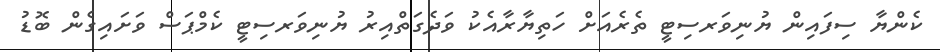
ކެންޔާ ސިފައިން ޔުނިވަރސިޓީ ތެރެއަށް ހަތިޔާރާއެކު ވަދެގަތްއިރު ޔުނިވަރސިޓީ ކެމްޕަސް ވަށައިގެން ބޮޑު